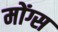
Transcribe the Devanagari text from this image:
मोंग्स